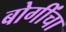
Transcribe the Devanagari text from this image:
बोगींचा